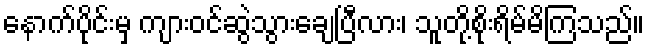
နောက်ပိုင်းမှ ကျားဝင်ဆွဲသွားချေပြီလား၊ သူတို့စိုးရိမ်မိကြသည်။